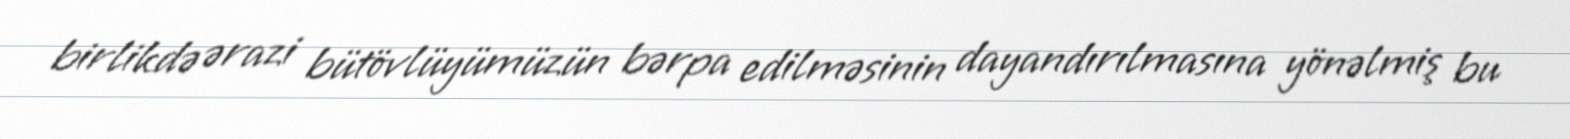
birlikdə ərazi bütövlüyümüzün bərpa edilməsinin dayandırılmasına yönəlmiş bu